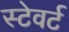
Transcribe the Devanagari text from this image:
स्टेवर्ट